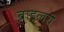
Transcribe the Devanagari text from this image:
बाइलरी